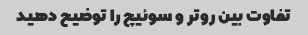
تفاوت بین روتر و سوئیچ را توضیح دهید